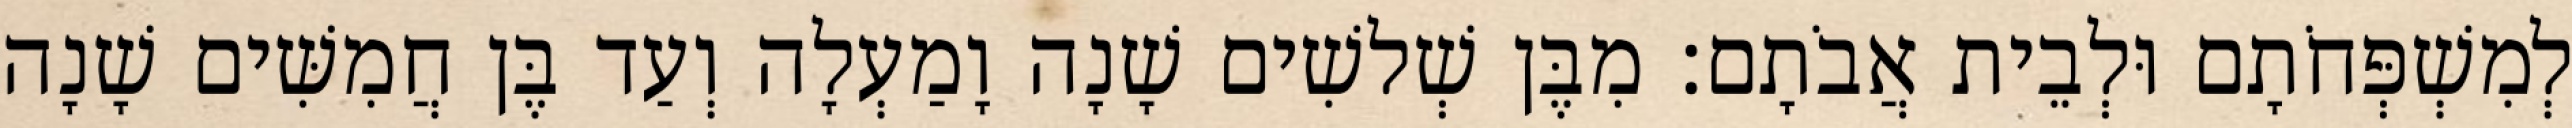
לְמִשְׁפְּחֹתָם וּלְבֵית אֲבֹתָם׃ מִבֶּן שְׁלשִׁים שָׁנָה וָמַעְלָה וְעַד בֶּן חֲמִשִּׁים שָׁנָה